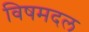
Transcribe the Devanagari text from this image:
विषमदल